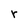
Character: r